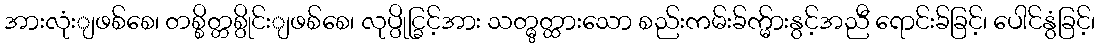
အားလုံးျဖစ်စေ၊ တစ္စိတ္တစ္ပိုင်းျဖစ်စေ၊ လုပ္ပိုင္ခြင့်အား သတ္မွတ္ထားသော စည်းကမ်းခ်က္မ်ားနွင့်အညီ ရောင်းခ်ခြင့်၊ ပေါင်နွံခြင့်၊